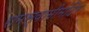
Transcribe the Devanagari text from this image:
रामस्वामीमंदिर